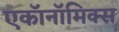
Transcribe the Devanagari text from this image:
एकॉनॉमिक्स